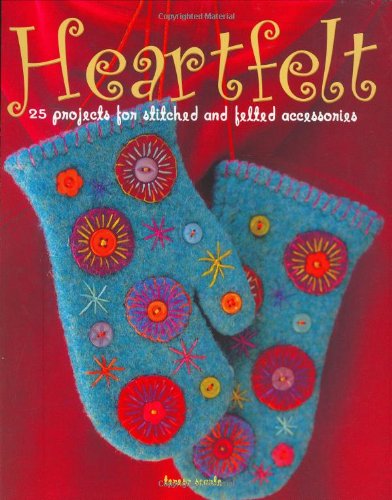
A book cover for Heartfelt: 25 Projects for Stitched and Felted Accessories; Teresa Searle; Crafts, Hobbies & Home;